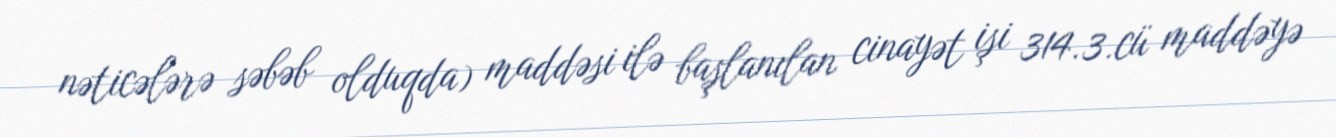
nəticələrə səbəb olduqda) maddəsi ilə başlanılan cinayət işi 314.3.cü maddəyə